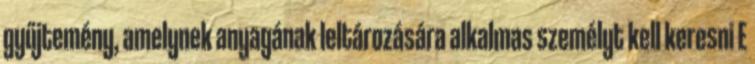
gyűjtemény, amelynek anyagának leltározására alkalmas személyt kell keresni E